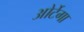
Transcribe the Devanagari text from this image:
ओर्टेगा